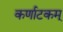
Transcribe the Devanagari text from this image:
कर्णाटकम्